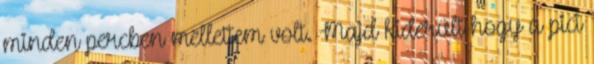
minden percben mellettem volt. Majd kiderült hogy a pici